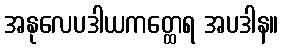
အနုလေပဒါယကတ္ထေရ အပဒါန။